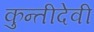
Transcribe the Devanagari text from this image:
कुन्तीदेवी